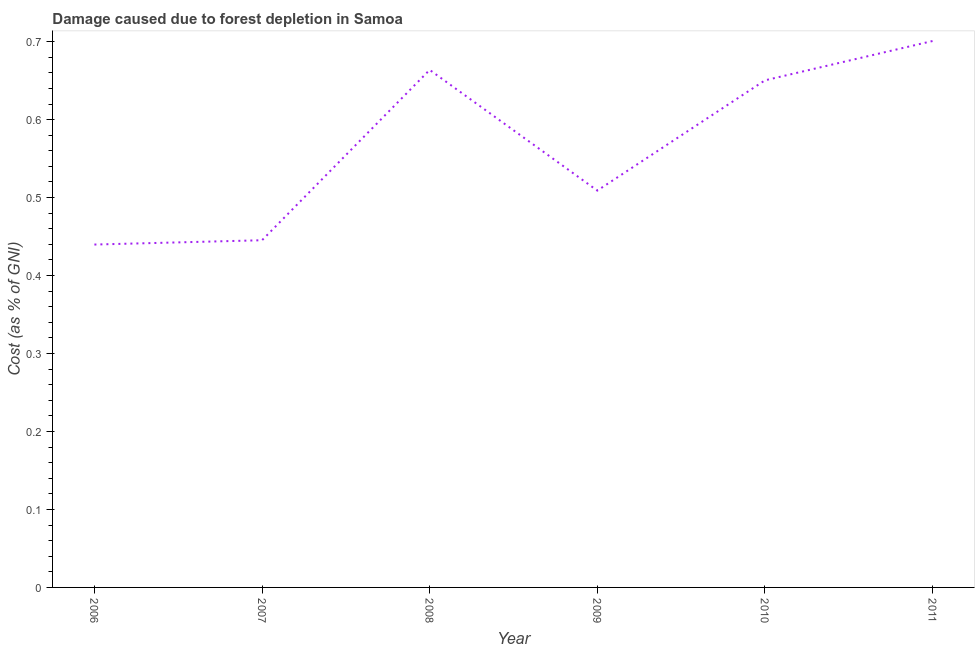
| Year | net forest depletion |
 | --- | --- |
 | 2006 | 0.44 |
 | 2007 | 0.445 |
 | 2008 | 0.664 |
 | 2009 | 0.509 |
 | 2010 | 0.65 |
 | 2011 | 0.701 |